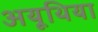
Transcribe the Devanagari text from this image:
अयूथिया